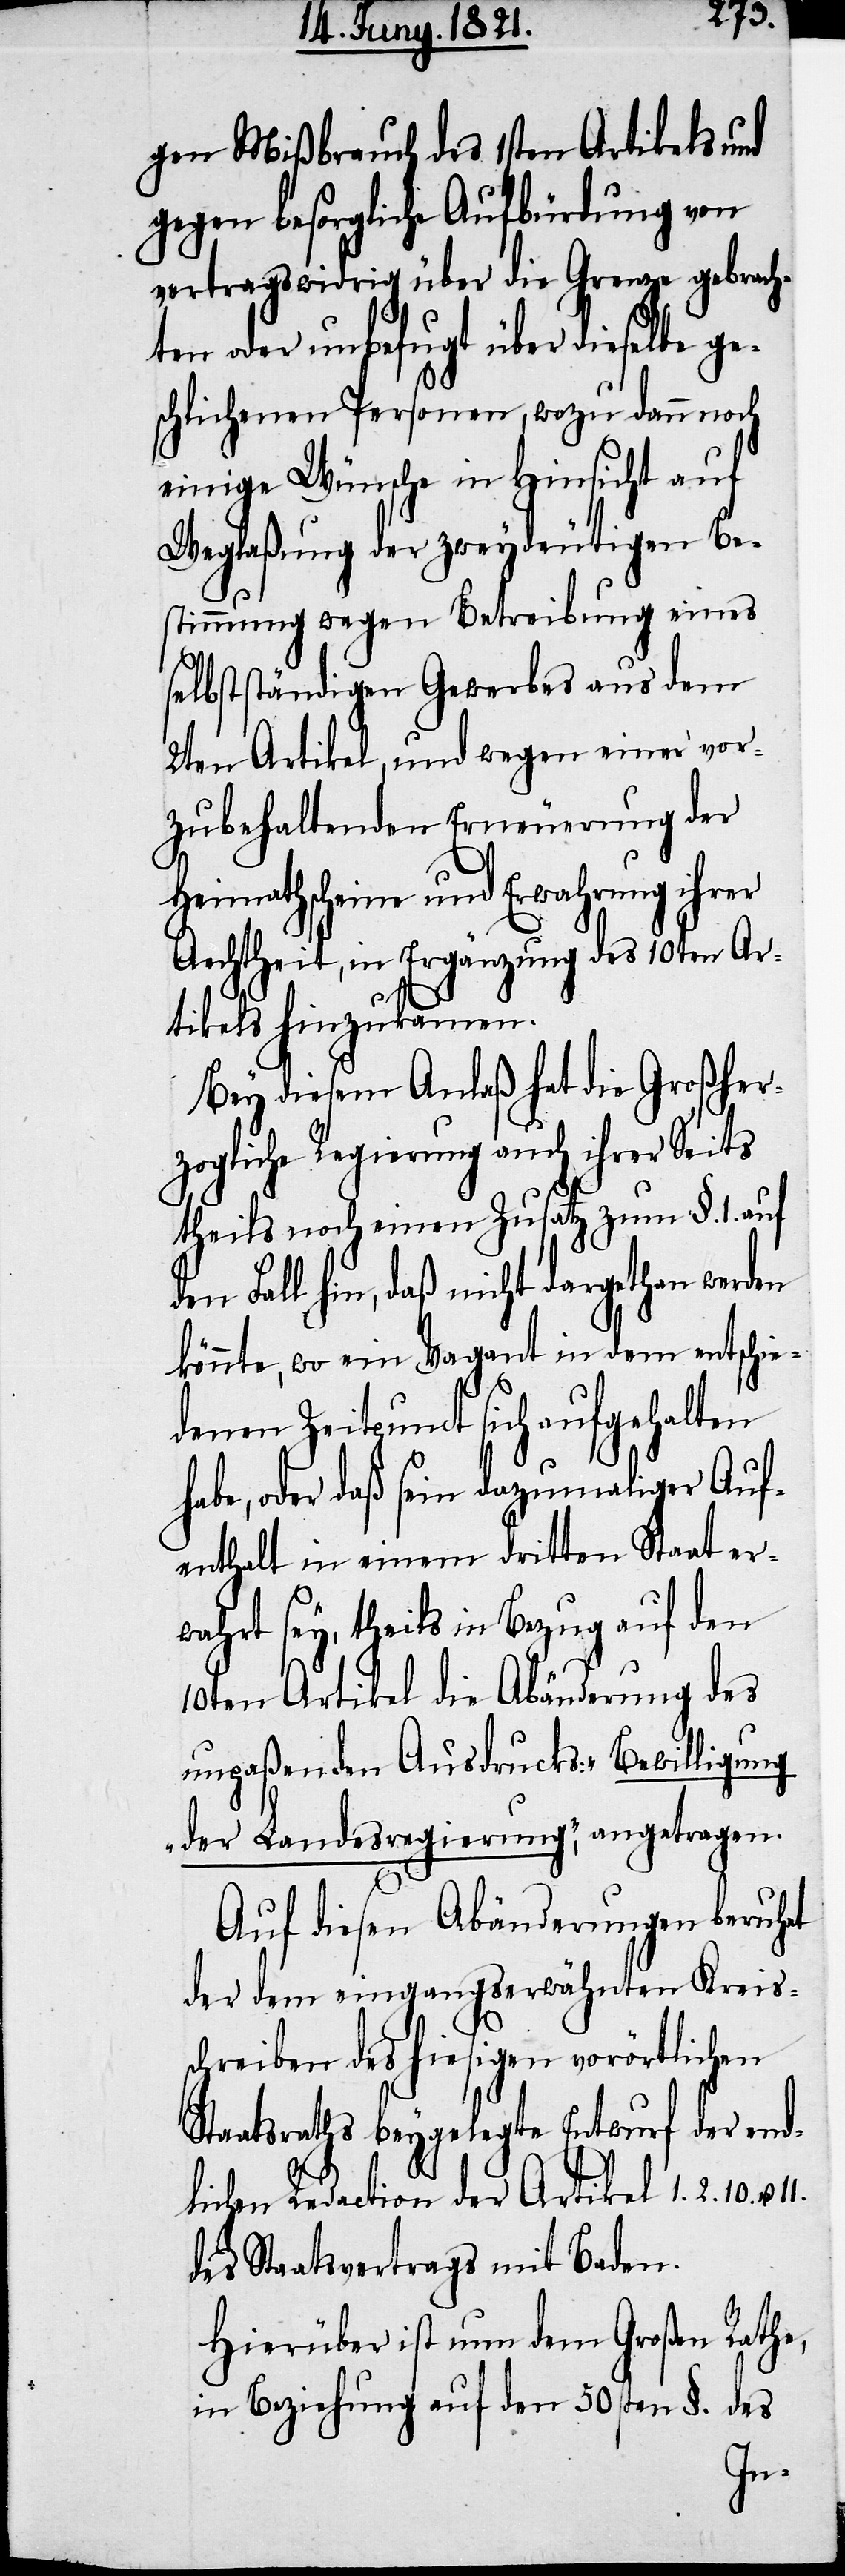
gen Mißbrauch des 1sten Artikels und
gegen besorgliche Aufbürdung von
vertragswidrig über die Grenze gebrach¬
ten oder unbefugt über dieselbe ge¬
schlichenen Personen, wozu dann noch
einige Wünsche in Hinsicht auf
Weglaßung der zweydeutigen Be¬
stimmungen wegen Betreibung eines
selbstständigen Gewerbes aus dem
2ten Artikel und wegen einer vor¬
zubehaltenden Erneuerung der
Heimathscheine und Erwahrung ihrer
Aechtheit, in Ergänzung des 10ten Ar¬
tikels hinzukamen.
Bey diesem Anlaß hat die Großher¬
zogliche Regierung auch ihrer Seits
theils noch einen Zusatz zum §. 1. auf
den Fall hin, daß nicht dargethan werden
könnte, wo ein Vagant in dem entschie¬
denen Zeitpunct sich aufgehalten
habe, oder daß sein dazumaliger Auf¬
enthalt in einem dritten Staat er¬
wahrt sey, theils in Bezug auf den
10ten Artikel die Abänderung des
unpaßenden Ausdrucks: „Bewilligung
der Landesregierung“, angetragen.
Auf diesen Abänderungen beruht
der dem eingangserwähnten Kreis¬
schreiben des hiesigen vorörtlichen
Staatsraths beygelegte Entwurf der end¬
lichen Redaction der Artikel 1. 2. 10.
des Staatsvertrags mit Baden.
Hierüber ist nun dem Großen Rathe,
in Beziehung auf den 50sten §. des